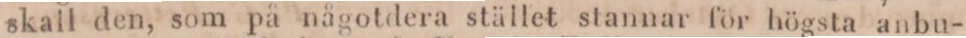
skall den, som på någotdera stället stannar för högsta anbu-